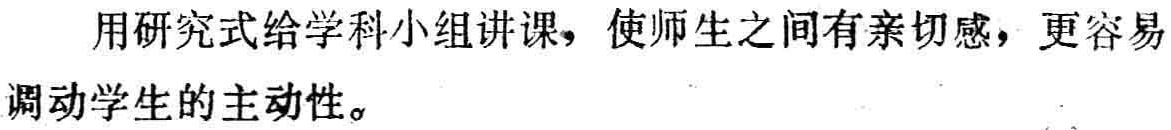
用研究式给学科小组讲课，使师生之间有亲切感，更容易调动学生的主动性。